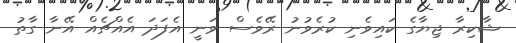
ޝާކިރާ ޖިޔާގެ ކައިވެނި ކުރެވުނު ރޭވެސް ވަނީ އެފަދަ އެއްޗެއް އޭނާ ގާތު